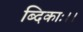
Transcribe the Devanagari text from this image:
ब्दिकाः।।